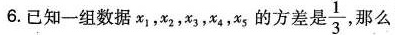
6.已知一组数据x_{1}、x_{2}、x_{3}、x_{4}、x_{5}的方差是 \frac{1}{3} 那么